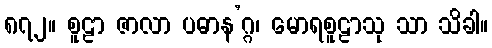
၈၇၂။ စူဠာ ဇာလာ ပဓာန’ဂ္ဂ၊ မောရစူဠာသု သာ သိခါ။